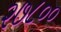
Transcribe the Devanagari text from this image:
२७८००